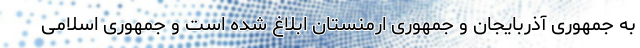
به جمهوری آذربایجان و جمهوری ارمنستان ابلاغ شده است و جمهوری اسلامی